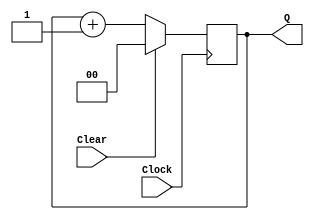
module upcount(Clear, Clock, Q);
	input Clear, Clock;
	output [1:0] Q;
	reg [1:0] Q;
	
	always @(posedge Clock)
		if (Clear)
			Q <= 2'b0;
		else
			Q <= Q + 1'b1;
endmodule